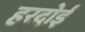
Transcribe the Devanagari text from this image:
हरदाेई